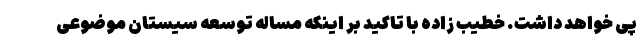
پی خواهد داشت. خطیب زاده با تاکید بر اینکه مساله توسعه سیستان موضوعی